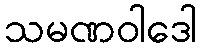
သမဏဝါဒေါ